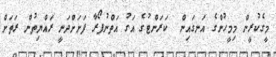
މީގެކުރީން މިމީހުންގެ އަނގައިން  ކަރަންޓުގެ އަގު އަތްނުފޯރާ ފަށަށްދަނީ ރައްޔިތުން ރަތަށް